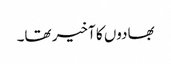
بھادوں کا آخیر تھا۔